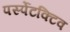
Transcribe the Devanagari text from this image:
पर्स्पेटक्टिव